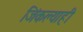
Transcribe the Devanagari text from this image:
जिंकल्याही